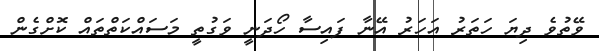
ވޭތުވެ ދިޔަ ހަތަރު އަހަރު އޭނާ ފައިސާ ހޯދަނީ ވަގުތީ މަސައްކަތްތައް ކޮށްގެން